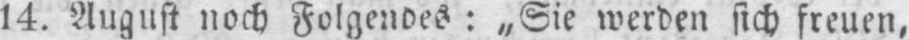
14. August noch Folgendes: „Sie werden sich freuen,